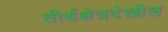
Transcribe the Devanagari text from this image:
तीर्थक्षेत्रदेखील